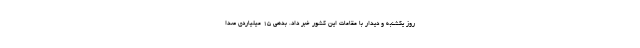
روز یکشنبه و دیدار با مقامات این کشور خبر داد. بدهی ۱۵ میلیاردی صدا